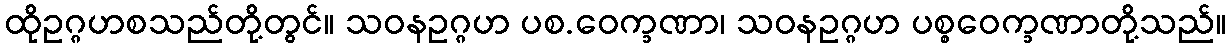
ထိုဥဂ္ဂဟစသည်တို့တွင်။ သဝနဥဂ္ဂဟ ပစ.ဝေက္ခဏာ၊ သဝနဥဂ္ဂဟ ပစ္စဝေက္ခဏာတို့သည်။